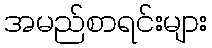
အမည်စာရင်းများ